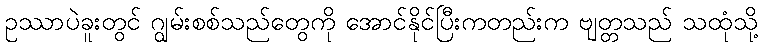
ဥဿာပဲခူးတွင် ဂျွမ်းစစ်သည်တွေကို အောင်နိုင်ပြီးကတည်းက ဗျတ္တသည် သထုံသို့